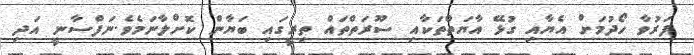
ފަރުވާ ހޯދުމަށް އެޔާއި ގުޅޭ އާޔަތްތަކާއި ސޫރަތްތައް ތިރީގައި ބަޔާން ކޮށްލާނަމެވެ.ނަފްސާނީ އަދި